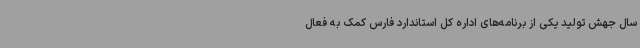
سال جهش تولید یکی از برنامه‌های اداره کل استاندارد فارس کمک به فعال